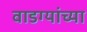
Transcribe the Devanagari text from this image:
वाडग्यांच्या